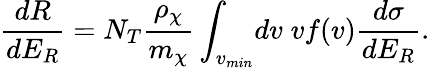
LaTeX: {\frac{dR}{dE_{R}}}=N_{T}{\frac{\rho_{\chi}}{m_{\chi}}}\int_{v_{min}}\! dv\; vf(v){\frac{d\sigma}{dE_{R}}}.